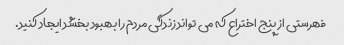
فهرستی از پنج اختراع که می تواند زندگی مردم را بهبود بخشد ایجاد کنید.